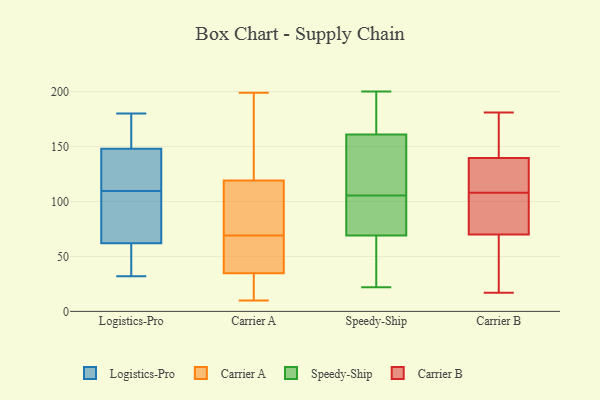
{"axis": {"x": "Page Views", "y": "Value"}, "legend": ["Carrier A", "Carrier B", "Logistics-Pro", "Speedy-Ship"], "data": [{"x": "", "y": 54, "type": "Logistics-Pro"}, {"x": "", "y": 167, "type": "Logistics-Pro"}, {"x": "", "y": 119, "type": "Logistics-Pro"}, {"x": "", "y": 37, "type": "Logistics-Pro"}, {"x": "", "y": 105, "type": "Logistics-Pro"}, {"x": "", "y": 32, "type": "Logistics-Pro"}, {"x": "", "y": 112, "type": "Logistics-Pro"}, {"x": "", "y": 180, "type": "Logistics-Pro"}, {"x": "", "y": 62, "type": "Logistics-Pro"}, {"x": "", "y": 150, "type": "Logistics-Pro"}, {"x": "", "y": 107, "type": "Logistics-Pro"}, {"x": "", "y": 113, "type": "Logistics-Pro"}, {"x": "", "y": 139, "type": "Logistics-Pro"}, {"x": "", "y": 96, "type": "Logistics-Pro"}, {"x": "", "y": 56, "type": "Logistics-Pro"}, {"x": "", "y": 94, "type": "Logistics-Pro"}, {"x": "", "y": 148, "type": "Logistics-Pro"}, {"x": "", "y": 164, "type": "Logistics-Pro"}, {"x": "", "y": 31, "type": "Carrier A"}, {"x": "", "y": 137, "type": "Carrier A"}, {"x": "", "y": 68, "type": "Carrier A"}, {"x": "", "y": 147, "type": "Carrier A"}, {"x": "", "y": 97, "type": "Carrier A"}, {"x": "", "y": 112, "type": "Carrier A"}, {"x": "", "y": 39, "type": "Carrier A"}, {"x": "", "y": 67, "type": "Carrier A"}, {"x": "", "y": 24, "type": "Carrier A"}, {"x": "", "y": 113, "type": "Carrier A"}, {"x": "", "y": 199, "type": "Carrier A"}, {"x": "", "y": 187, "type": "Carrier A"}, {"x": "", "y": 20, "type": "Carrier A"}, {"x": "", "y": 10, "type": "Carrier A"}, {"x": "", "y": 36, "type": "Carrier A"}, {"x": "", "y": 86, "type": "Carrier A"}, {"x": "", "y": 69, "type": "Carrier A"}, {"x": "", "y": 47, "type": "Speedy-Ship"}, {"x": "", "y": 104, "type": "Speedy-Ship"}, {"x": "", "y": 125, "type": "Speedy-Ship"}, {"x": "", "y": 107, "type": "Speedy-Ship"}, {"x": "", "y": 162, "type": "Speedy-Ship"}, {"x": "", "y": 123, "type": "Speedy-Ship"}, {"x": "", "y": 99, "type": "Speedy-Ship"}, {"x": "", "y": 69, "type": "Speedy-Ship"}, {"x": "", "y": 194, "type": "Speedy-Ship"}, {"x": "", "y": 73, "type": "Speedy-Ship"}, {"x": "", "y": 22, "type": "Speedy-Ship"}, {"x": "", "y": 200, "type": "Speedy-Ship"}, {"x": "", "y": 161, "type": "Speedy-Ship"}, {"x": "", "y": 44, "type": "Speedy-Ship"}, {"x": "", "y": 120, "type": "Carrier B"}, {"x": "", "y": 41, "type": "Carrier B"}, {"x": "", "y": 73, "type": "Carrier B"}, {"x": "", "y": 153, "type": "Carrier B"}, {"x": "", "y": 124, "type": "Carrier B"}, {"x": "", "y": 93, "type": "Carrier B"}, {"x": "", "y": 135, "type": "Carrier B"}, {"x": "", "y": 20, "type": "Carrier B"}, {"x": "", "y": 69, "type": "Carrier B"}, {"x": "", "y": 141, "type": "Carrier B"}, {"x": "", "y": 141, "type": "Carrier B"}, {"x": "", "y": 73, "type": "Carrier B"}, {"x": "", "y": 181, "type": "Carrier B"}, {"x": "", "y": 108, "type": "Carrier B"}, {"x": "", "y": 17, "type": "Carrier B"}]}